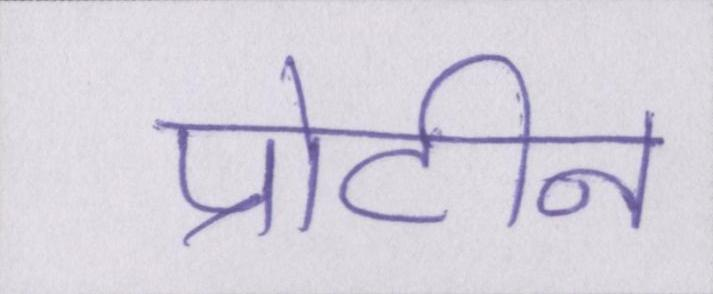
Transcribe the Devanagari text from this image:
प्रोटीन